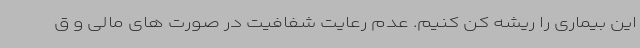
این بیماری را ریشه کن کنیم. عدم رعایت شفافیت در صورت های مالی و ق